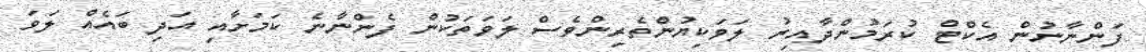
ފަންނާނުން އެކްޓް ކުރަމުންދާއިރު ލަވަކިޔުންތެރިންވެސް ލަވަތަކުން ފެންނާނެ ކަމަށާއި އަދި ބައެއް ލަވަ